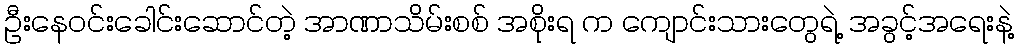
ဦးနေဝင်းခေါင်းဆောင်တဲ့ အာဏာသိမ်းစစ် အစိုးရ က ကျောင်းသားတွေရဲ့ အခွင့်အရေးနဲ့